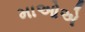
માઓએ